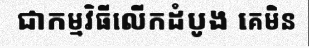
ជាកម្មវិធីលើកដំបូង គេមិន